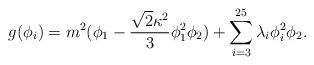
LaTeX: \begin{align*}g(\phi_i)=m^2(\phi_1-\frac{{\sqrt{2}}\kappa^2}{3}\phi_1^2\phi_2)+\sum_{i=3}^{25} \lambda_i\phi_i^2\phi_2.\end{align*}